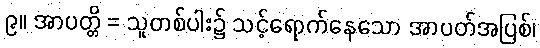
၉။ အာပတ္တိ = သူတစ်ပါး၌ သင့်ရောက်နေသော အာပတ်အပြစ်၊